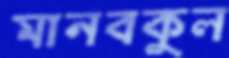
মানবকুল